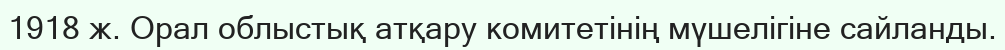
1918 ж. Орал облыстық атқару комитетінің мүшелігіне сайланды.